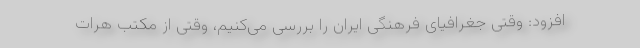
افزود: وقتی جغرافیای فرهنگی ایران را بررسی می‌کنیم، وقتی از مکتب هرات